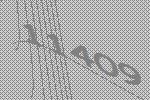
11409